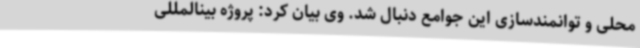
محلی و توانمندسازی این جوامع دنبال شد. وی بیان کرد: پروژه بینالمللی